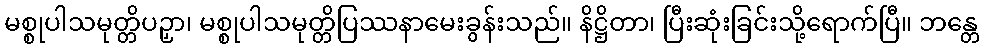
မစ္စုပါသမုတ္တိပဉှာ၊ မစ္စုပါသမုတ္တိပြဿနာမေးခွန်းသည်။ နိဋ္ဌိတာ၊ ပြီးဆုံးခြင်းသို့ရောက်ပြီ။ ဘန္တေ